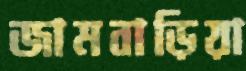
জামবাড়িয়া